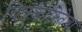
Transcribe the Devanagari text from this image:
चित्रकारितेचा